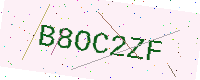
Text: B8OC2ZF